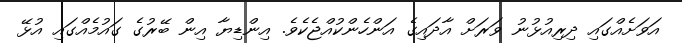
އަވަށެއްގައި ދިރިއުޅުނު ވަރަށް އާދައިގެ އަންހެންކުއްޖެކެވެ. އިންޑިޔާ އިން ބޭރުގެ ގައުމެއްގައި އުޅޭ